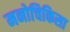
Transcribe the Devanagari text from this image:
मनोचिकिसा